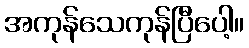
အကုန်သေကုန်ပြီပေါ့။